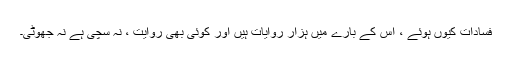
فسادات کیوں ہوئے ، اس کے بارے میں ہزار روایات ہیں اور کوئی بھی روایت ، نہ سچی ہے نہ جھوٹی۔